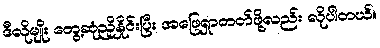
ဒီလိုမျိုး တွေ့ဆုံညှိနှိုင်းပြီး အဖြေရှာတတ်ဖို့လည်း လိုပါတယ်။